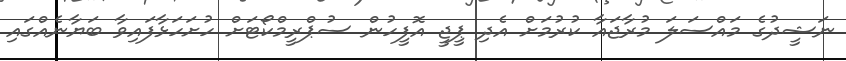
ނަޝީދުގެ މައްސަލަ މުރާޖައާ ކުރުމަށް އެދި ޕީޖީ އޮފީހުން ސުޕްރީމްކޯޓަށް ހުށަހަޅާފައިވާ ބަޔާނެއްގައި